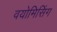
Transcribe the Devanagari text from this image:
वयोमिसिंग